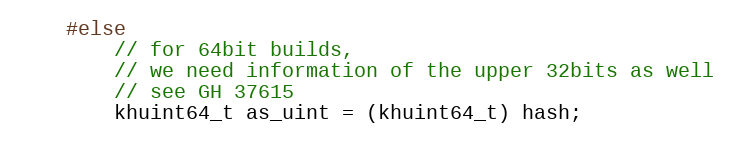
Language: C
    #else
        // for 64bit builds,
        // we need information of the upper 32bits as well
        // see GH 37615
        khuint64_t as_uint = (khuint64_t) hash;